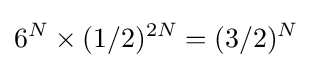
6^{N}\times (1/2)^{2N}=(3/2)^{N}